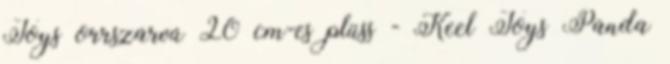
Toys orrszarvú 20 cm-es plüss - Keel Toys Panda